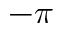
- \pi